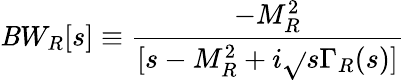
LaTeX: \mathit{B}W_{R}[s]\equiv{\frac{{-M_{R}^{2}}}{{[s-M_{R}^{2}+i\sqrt{}{s}\Gamma_{R}(s)]}}}